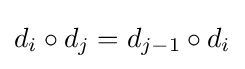
d_{i}\circ d_{j}=d_{j-1}\circ d_{i}